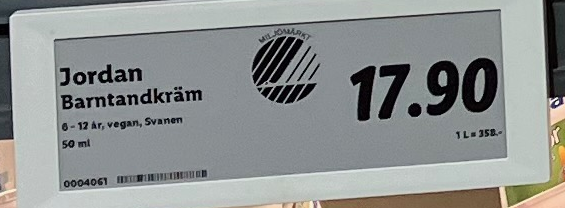
Vara: Jordan Barntandkräm
Genomsnittspris: 358 per L